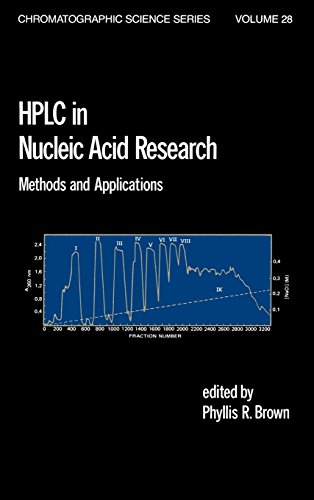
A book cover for HPLC in Nucleic Acid Research: Methods and Applications (Chromatographic Science Series); Phyllis R. Brown; Science & Math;